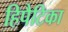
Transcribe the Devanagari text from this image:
हिपैटिका